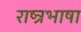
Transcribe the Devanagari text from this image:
राष्त्रभाषा